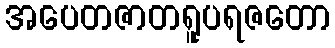
အပေတဇာတရူပရဇတော